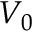
V _ { 0 }